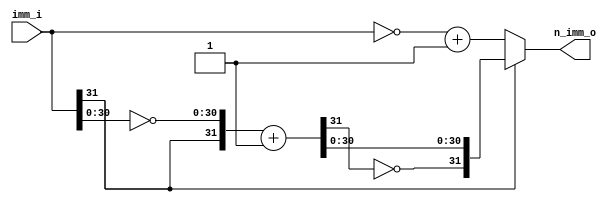
`timescale 1ns / 1ps

module alu_neg_num(
    input       [31:0]  imm_i,
    output      [31:0]  n_imm_o
    );

    wire [31:0] imm_pos;
    wire [31:0] imm_neg;

    assign imm_pos = ~imm_i + 1;

    wire [31:0] imm_n1;
    assign imm_n1 = {imm_i[31], ~imm_i[30:0]} + 1;
    assign imm_neg = {~imm_n1[31], imm_n1[30:0]};

    assign n_imm_o = imm_i[31] ? imm_neg : imm_pos;
endmodule